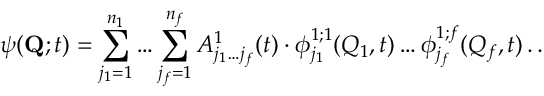
\psi ( { \bf Q } ; t ) = \sum _ { j _ { 1 } = 1 } ^ { n _ { 1 } } \ldots \sum _ { j _ { f } = 1 } ^ { n _ { f } } A _ { j _ { 1 } \ldots j _ { f } } ^ { 1 } ( t ) \cdot \phi _ { j _ { 1 } } ^ { 1 ; 1 } ( Q _ { 1 } , t ) \ldots \phi _ { j _ { f } } ^ { 1 ; f } ( Q _ { f } , t ) \, . \, .